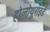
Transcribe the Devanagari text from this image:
होलोथूराइड